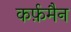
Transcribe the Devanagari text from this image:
कर्फ़मैन